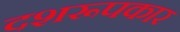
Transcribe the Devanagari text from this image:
दशरूपकार